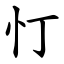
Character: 忊